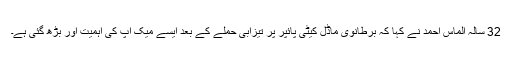
32 سالہ الماس احمد نے کہا کہ برطانوی ماڈل کیٹی پائپر پر تیزابی حملے کے بعد ایسے میک اپ کی اہمیت اور بڑھ گئی ہے۔